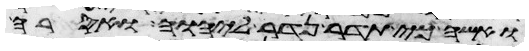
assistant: ואשה כי תדר נדר ליהוה ואסרה